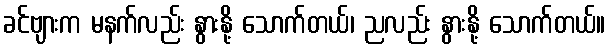
ခင်ဗျားက မနက်လည်း နွားနို့ သောက်တယ်၊ ညလည်း နွားနို့ သောက်တယ်။